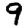
Digit: 9